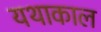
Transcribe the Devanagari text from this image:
यथाकाल